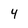
Character: 4